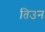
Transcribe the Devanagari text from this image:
तिउन